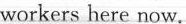
workers here now.